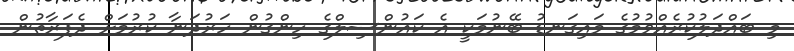
މި ބައްދަލުކުރެއްވުމުގެ މައިގަނޑު ބޭނުމަކީ އެ ކައުންސިލްގެ ހިންގުން ހަރުދަނާ ކުރުމަށް ދެފަރާތުން